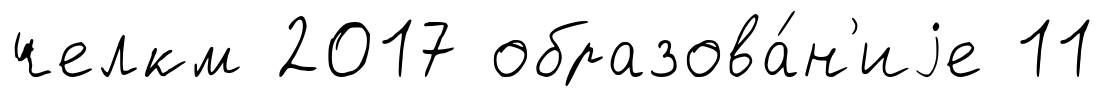
челкм 2017 образова́н'иjе 11